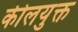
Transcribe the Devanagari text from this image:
कीलयुक्त